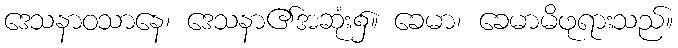
ဒေသနာဝသာနေ၊ ဒေသနာ၏အဆုံး၌။ ခေမာ၊ ခေမာမိဖုရားသည်။